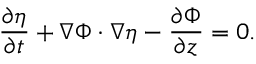
\frac { \partial \eta } { \partial t } + \nabla \Phi \cdot \nabla \eta - \frac { \partial \Phi } { \partial z } = 0 .